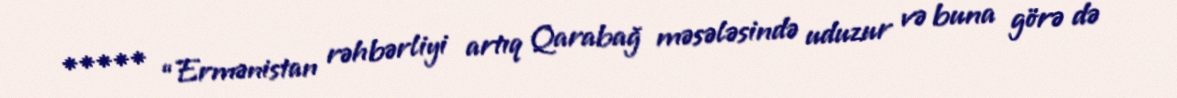
***** “Ermənistan rəhbərliyi artıq Qarabağ məsələsində uduzur və buna görə də